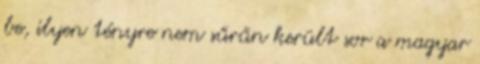
be, ilyen tényre nem sűrűn került sor a magyar